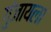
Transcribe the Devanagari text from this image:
गुंजायला